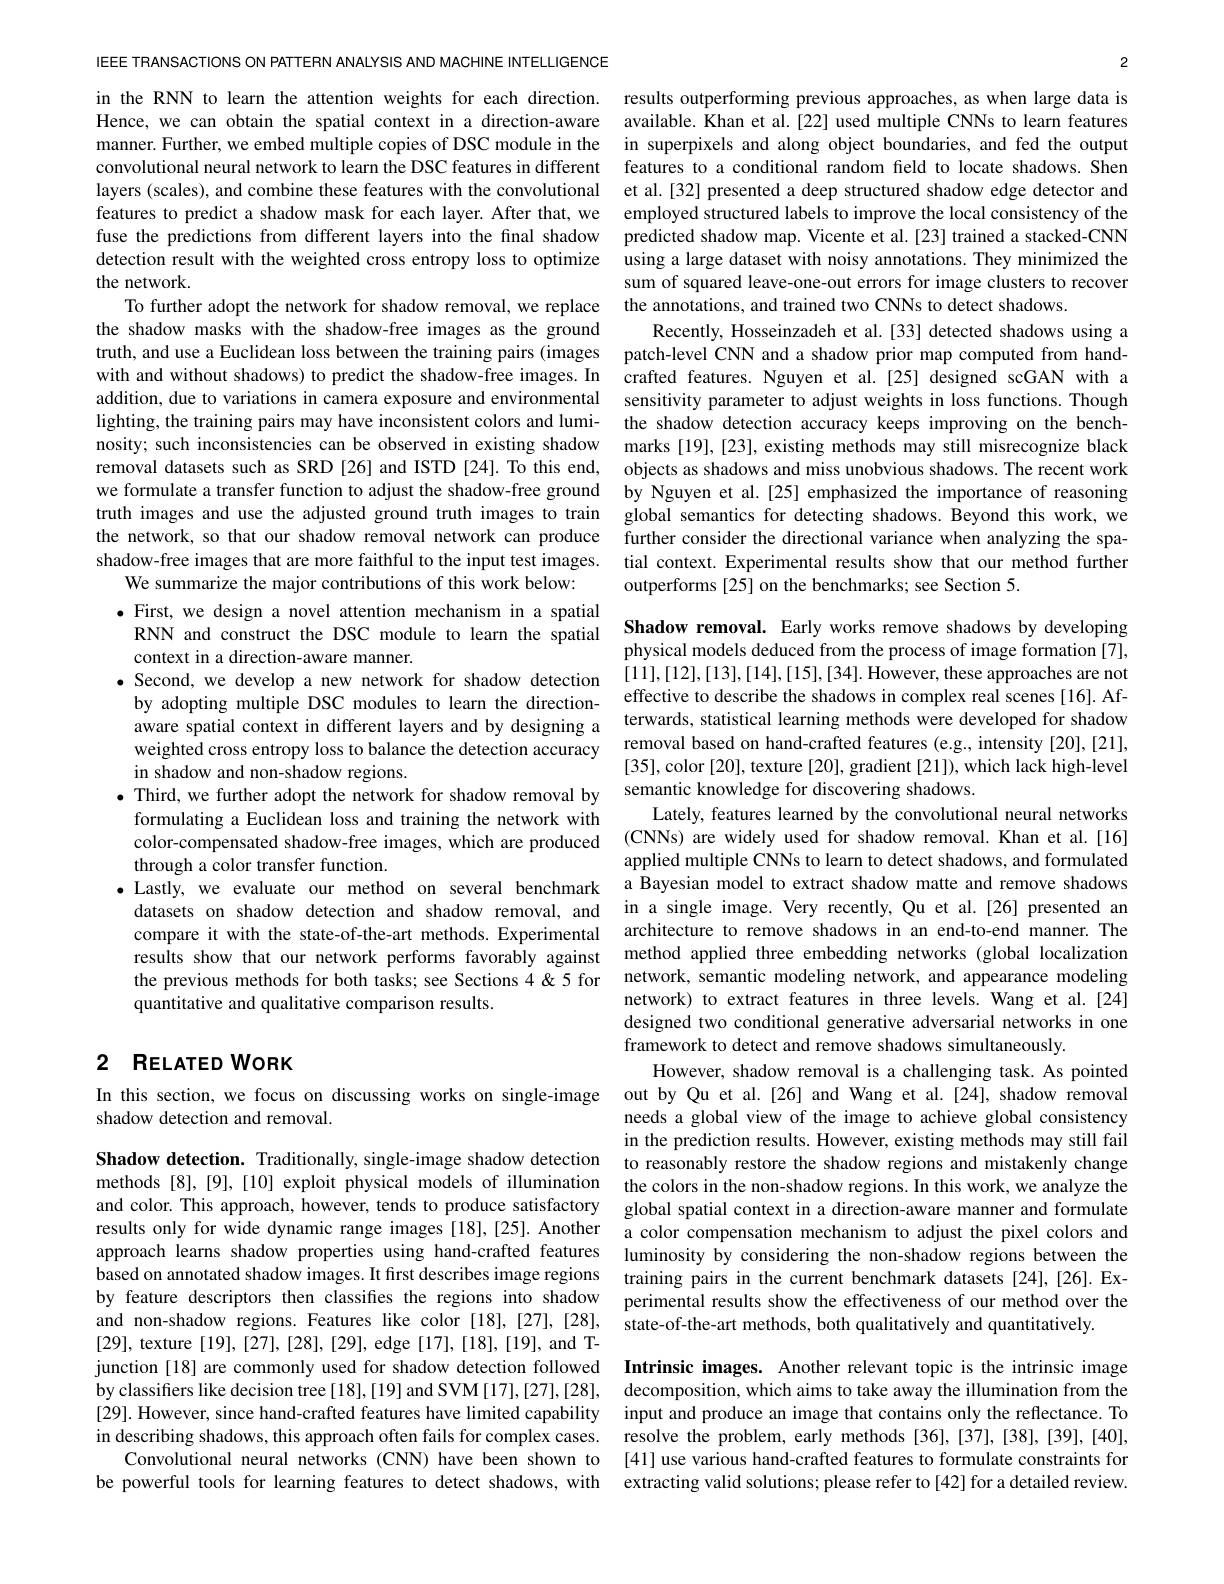
IEEE TRANSACTIONS ON PATTERN ANALYSIS AND MACHINE INTELLIGENCE Hence, we can obtain the spatial context in a direction-aware layers (scales), and combine these features with the convolutional fuse the predictions from different layers into the final shadow detection result with the weighted cross entropy loss to optimize the network.
the shadow masks with the shadow-free images as the ground addition, due to variations in camera exposure and environmental nosity; such inconsistencies can be observed in existing shadow removal datasets such as SRD truth images and use the adjusted ground truth images to train shadow-free images that are
We summarize the major contributions of this work below:
$\bullet$First, we design a nove
context in a direction-aware manner.
$\begin{aligned}\bullet&\text{Second, we develop a new network for shadow detection}&[11],[12],[13],[14],[15],[34].\text{However,these approaches are not}\\&\text{by adopting multiple DSC modules to learn the direction-}&\text{effective to describe the shadows in complex real scenes [16]. Af-}\\\end{aligned}$
aware spatial context in different layers and by designing a
weighted cross entropy loss
in shadow and non-shadow regions.
$\bullet$ Third, we further adopt formulating a Euclidean loss and training the network with color-compensated shadow-fre through a color transfer function.
$\bullet$ Lastly, we evaluate our
datasets on shadow detection and shadow removal, and in a single image. Very recently, Qu et al.[26] presented an
compare it with the state-of-the-art methods.Experimental results show that our networ the previous methods for both tasks; see Sections 4&5 for quantitative and qualitative

# 2 RELATED WORK

shadow detection and removal

methods [8], [9], [10] exploit physical models of illumination and non-shadow regions. Feat [29], texture [19], [27], [28], [29], edge [17], [18], [19], and Tjunction [18] are commonly u [29]. However, since hand-crafted features have limited capability input and produce an image that contains only the reflectance. To
in describing shadows, this
Convolutional neural networks (CNN) have been shown to [41] use various hand-crafted features to formulate constraints for be powerful tools for learni

2

in the RNN to learn the attention weights for each direction. results outperforming previous approaches, as when large data is
available. Khan et al.[22] u
manner. Further, we embed multiple copies of DSC module in the in superpixels and along object boundaries, and fed the output convolutional neural network to learn the DSC features in different features to a conditional random field to locate shadows. Shen
et al.[32] presented a deep structured shadow edge detector and
features to predict a shadow mask for each layer. After that, we employed structured labels to improve the local consistency of the
predicted shadow map. Vicente et al.[23] trained a stacked-CNN using a large dataset with noisy annotations. They minimized the sum of squared leave-one-out errors for image clusters to recover
To further adopt the network for shadow removal, we replace the annotations, and trained two CNNs to detect shadows
Recently, Hosseinzadeh et al.[33] detected shadows using a
truth, and use a Euclidean loss between the training pairs (images patch-level CNN and a shadow prior map computed from handwith and without shadows) to predict the shadow-free images.In crafted features. Nguyen et al.[25] designed scGAN with a
sensitivity parameter to adjust weights in loss functions. Though
lighting, the training pairs may have inconsistent colors and lumi- the shadow detection accuracy keeps improving on the bench-
marks [19], [23], existing methods may still misrecognize black objects as shadows and miss unobvious shadows. The recent work
we formulate a transfer function to adjust the shadow-free ground by Nguyen et al.[25] emphasized the importance of reasoning
global semantics for detecting shadows. Beyond this work, we
the network, so that our shadow removal network can produce further consider the directional variance when analyzing the spa-
tial context. Experimental results show that our method further
outperforms [25] on the benchmarks; see Section 5.

physical models deduced from the process of image formation [7], terwards, statistical learning methods were developed for shadow [35],color [20],texture [20], gradient [21]), which lack high-level semantic knowledge for discovering shadows.
Lately, features learned by the convolutional neural networks (CNNs) are widely used for shadow removal. Khan et al.[16] applied multiple CNNs to learn to detect shadows, and formulated a Bayesian model to extract shadow matte and remove shadows architecture to remove shadows in an end-to-end manner. The method applied three embedding networks (global localization network, semantic modeling network, and appearance modeling network) to extract features in three levels. Wang et al.[24] designed two conditional generative adversarial networks in one framework to detect and remove shadows simultaneously
However, shadow removal is a challenging task. As pointed
In this section, we focus on discussing works on single-image out by Qu et al.[26] and Wang et al.[24], shadow removal
needs a global view of the image to achieve global consistency in the prediction results. However, existing methods may still fail
Shadow detection. Traditionally, single-image shadow detection to reasonably restore the shadow regions and mistakenly change
the colors in the non-shadow regions. In this work, we analyze the
and color. This approach, however, tends to produce satisfactory global spatial context in a direction-aware manner and formulate results only for wide dynamic range images [18],[25]. Another a color compensation mechanism to adjust the pixel colors and approach learns shadow properties using hand-crafted features luminosity by considering the non-shadow regions between the based on annotated shadow images.It frst describes image regions training pairs in the current benchmark datasets [24],[26]. Exby feature descriptors then classifies the regions into shadow perimental results show the effectiveness of our method over the
state-of-the-art methods, both qualitatively and quantitatively.
Intrinsic images. Another relevant topic is the intrinsic image
by classifiers like decision tree[18],[19] and SVM[17],[27],[28], decomposition, which aims to take away the illumination from the

resolve the problem, early methods [36],[37],[38],[39],[40],